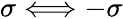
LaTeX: \sigma\Longleftrightarrow-\sigma